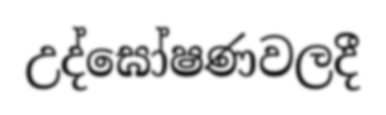
උද්ඝෝෂණවලදී